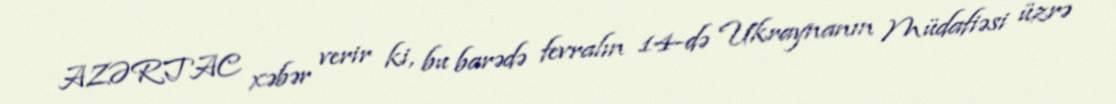
AZƏRTAC xəbər verir ki, bu barədə fevralın 14-də Ukraynanın Müdafiəsi üzrə